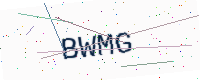
Text: BWMG